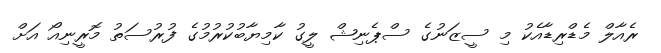
ރެއާލް މެޑްރިޑާއެކު މި ސީޒަނުގެ ސްޕެނިޝް ލީގު ކާމިޔާބުކުރުމުގެ ފުރުސަތު މޮރީނިއޯ އަށް